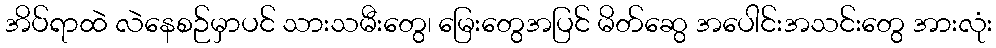
အိပ်ရာထဲ လဲနေစဉ်မှာပင် သားသမီးတွေ၊ မြေးတွေအပြင် မိတ်ဆွေ အပေါင်းအသင်းတွေ အားလုံး